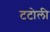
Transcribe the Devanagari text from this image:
टटोली